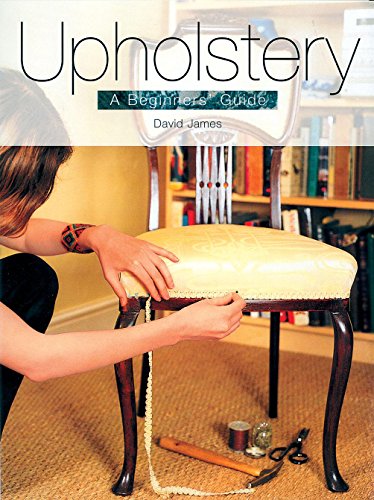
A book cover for Upholstery: A Beginners' Guide; David James; Crafts, Hobbies & Home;